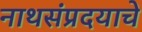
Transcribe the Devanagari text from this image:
नाथसंप्रदयाचे